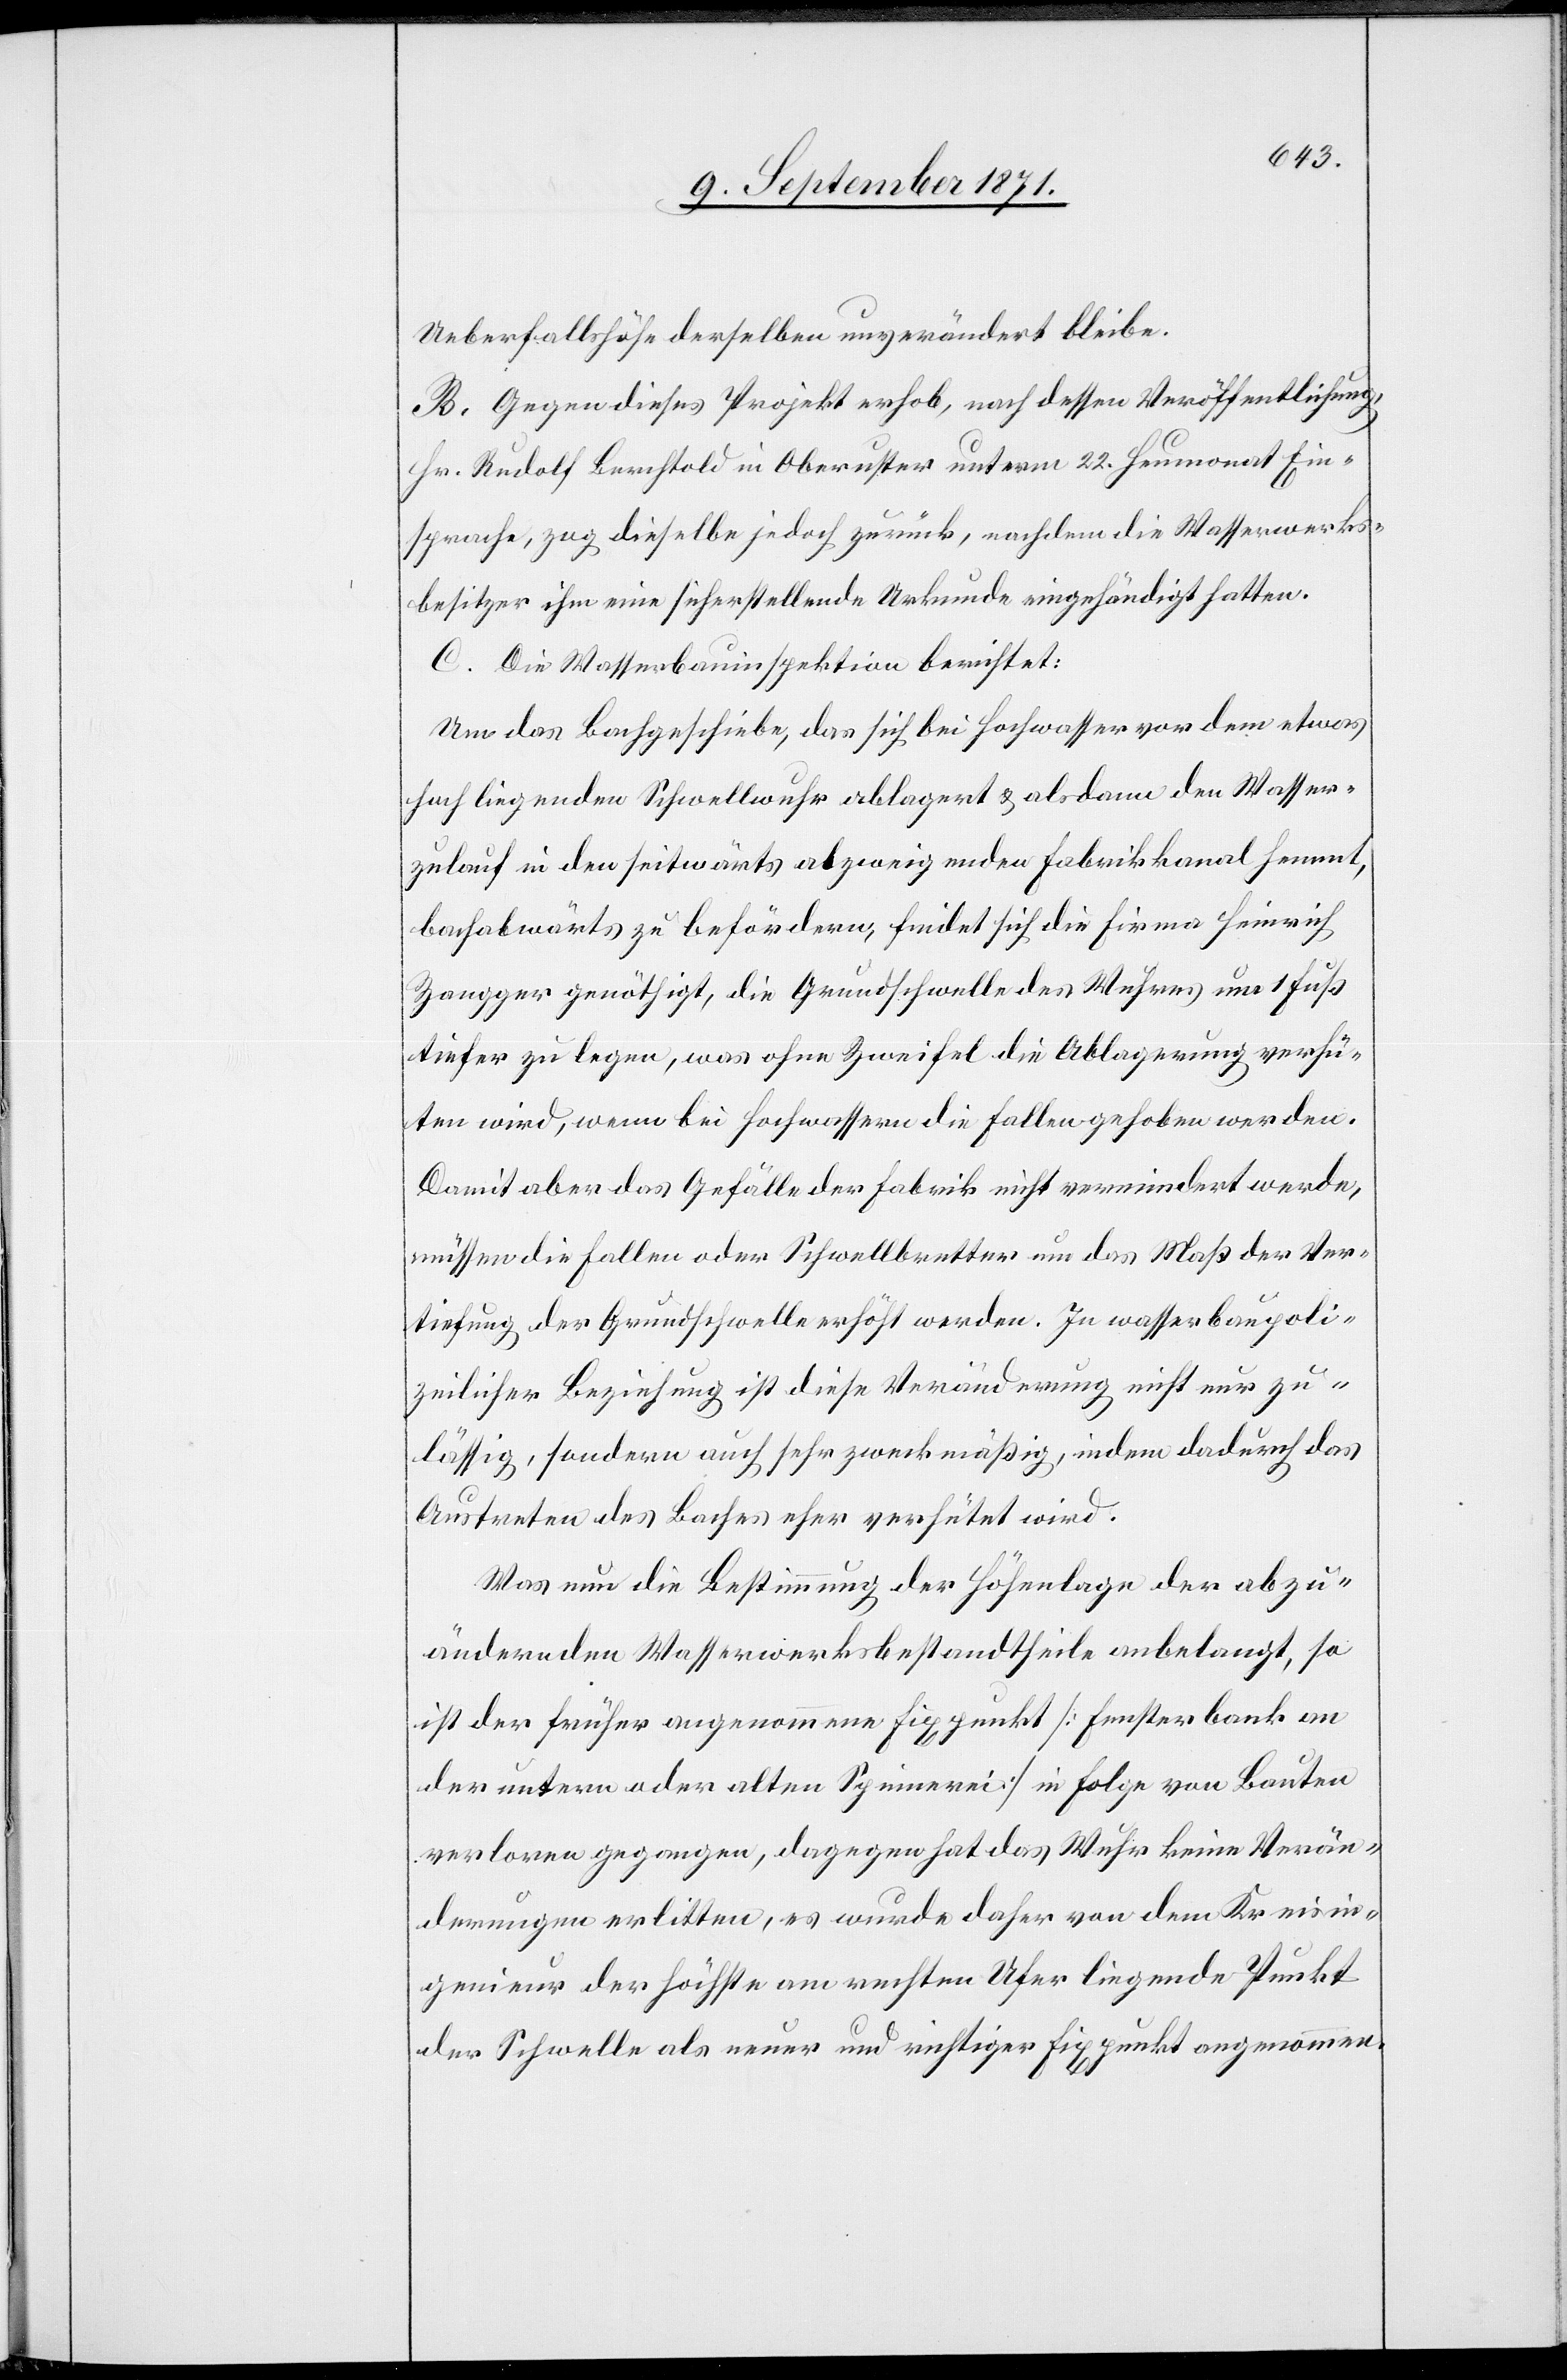
Ueberfallshöhe derselben ungeändert bliebe.
B. Gegen dieses Projekt erhob, nach dessen Veröffentlichung
Hr. Rudolf Berchtold in Oberuster unterm 22. Heumonat Ein¬
sprache, zog dieselbe jedoch zurück, nachdem die Wasserwerks¬
besitzer ihm eine sicherstellende Urkunde eingehändigt hatten.
C. Die Wasserbauinspektion berichtet:
Um das Bachgeschiebe, das sich bei Hochwasser von dem etwas
hoch liegenden Schwellwuhr ablagert & alsdann den Wasser¬
zulauf in den seitwärts abzweigenden Fabrikkanal hemmt,
bachabwärts zu befördern, findet sich die Firma Heinrich
Zangger genöthigt, die Grundschwelle des Wuhres um 1 Fuß
tiefer zu legen, was ohne Zweifel die Ablagerung verhü¬
ten wird, wenn bei Hochwasser die Fallen gehoben werden.
Damit aber das Gefälle der Fabrik nicht vermindert werde,
müssen die Fallen oder Schwellbretter um das Maß der Ver¬
tiefung der Grundschwelle erhöht werden. In wasserbaupoli¬
zeilicher Beziehung ist diese Veränderung nicht nut zu¬
lässig, sondern auch sehr zweckmäßig, indem dadurch das
Austreten des Baches eher verhütet wird.
Was nun die Bestimmung der Höhenlage der abzu¬
ändernden Wasserwerkbestandtheile anbelangt, so
ist der früher angenommene Fixpunkt [Fensterbank an
der untern oder alten Spinnerei] in Folge von Bauten
verloren gegangen, dagegen hat das Wuhr keine Verän¬
derungen erlitten, es wurde daher von dem Kreisin¬
genieur der höchste am rechten Ufer liegende Punkt
der Schwelle als neuer und richtiger Fixpunkt angenommen.